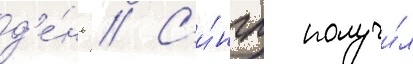
д'е́нь // С'и́нгл получи́л